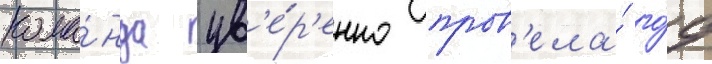
кома́нда ув'е́р'енно пров'ела́ го́д